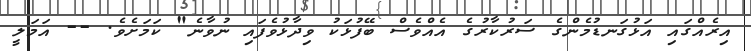
އިރެއްގައި އަޅުގަނޑުމެންގެ ސަރުކާރުގެ އެއްވެސް ބޭފުޅަކު ވިދާޅުވެފައި ނުވާނެ" ކަމަށެވެ. -- އަމަލީ